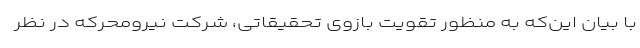
با بیان این‌که به منظور تقویت بازوی تحقیقاتی، شرکت نیرومحرکه در نظر